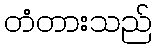
တံတားသည်